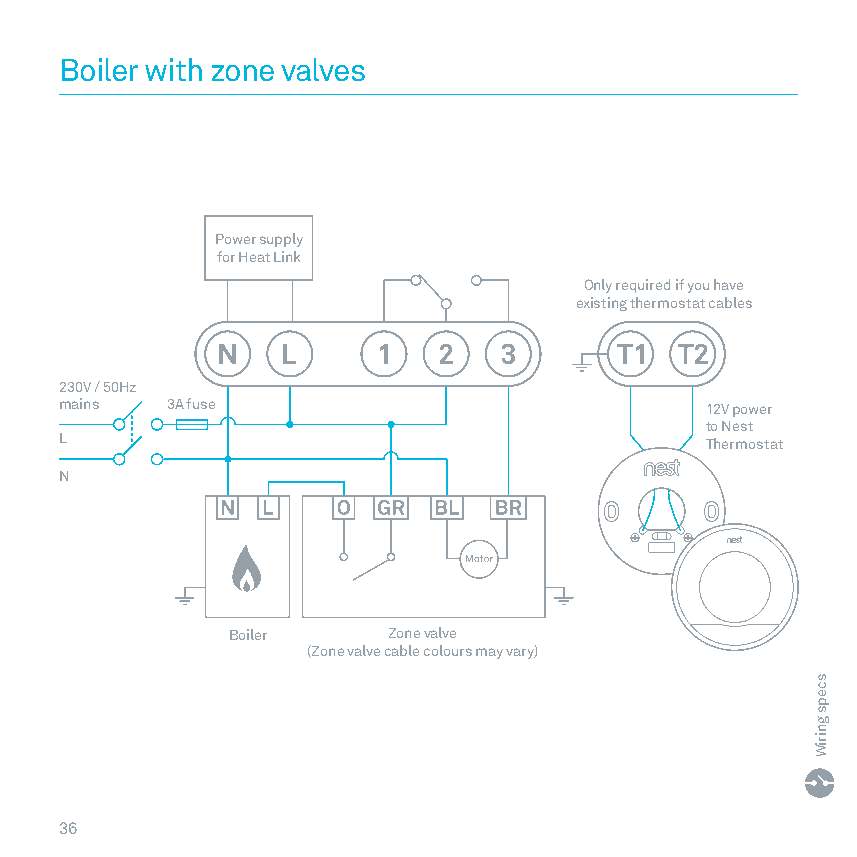
Boiler with zone valves
 Power supply
 for Heat Link
 Only required if you have
 existing thermostat cables
 230V / 50Hz
 mains  3A fuse                             12V power
 to Nest
 L                                          Thermostat
 N
 Boiler     Zone valve
 (Zone valve cable colours may vary)
 3366
 sceps
 gniriW